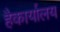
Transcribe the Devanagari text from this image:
हैकार्यालय